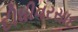
દીધીવરસાદ